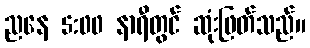
ညနေ 5:00 နာရီတွင် ဆုံးဖြတ်သည်။